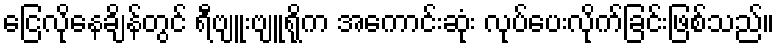
ငြေလိုနေချိန်တွင် ရီဗျူးဗျူရိုက အကောင်းဆုံး လုပ်ပေးလိုက်ခြင်းဖြစ်သည်။